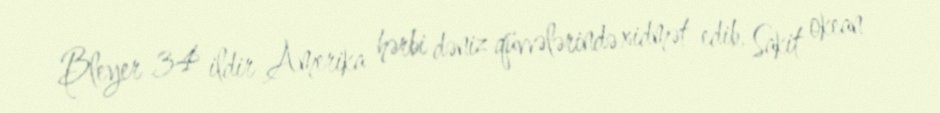
Bleyer 34 ildir Amerika hərbi dəniz qüvvələrində xidmət edib, Sakit okean